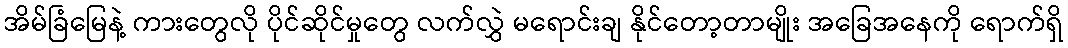
အိမ်ခြံမြေနဲ့ ကားတွေလို ပိုင်ဆိုင်မှုတွေ လက်လွှဲ မရောင်းချ နိုင်တော့တာမျိုး အခြေအနေကို ရောက်ရှိ